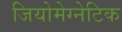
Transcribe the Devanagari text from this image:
जियोमेग्नेटिक